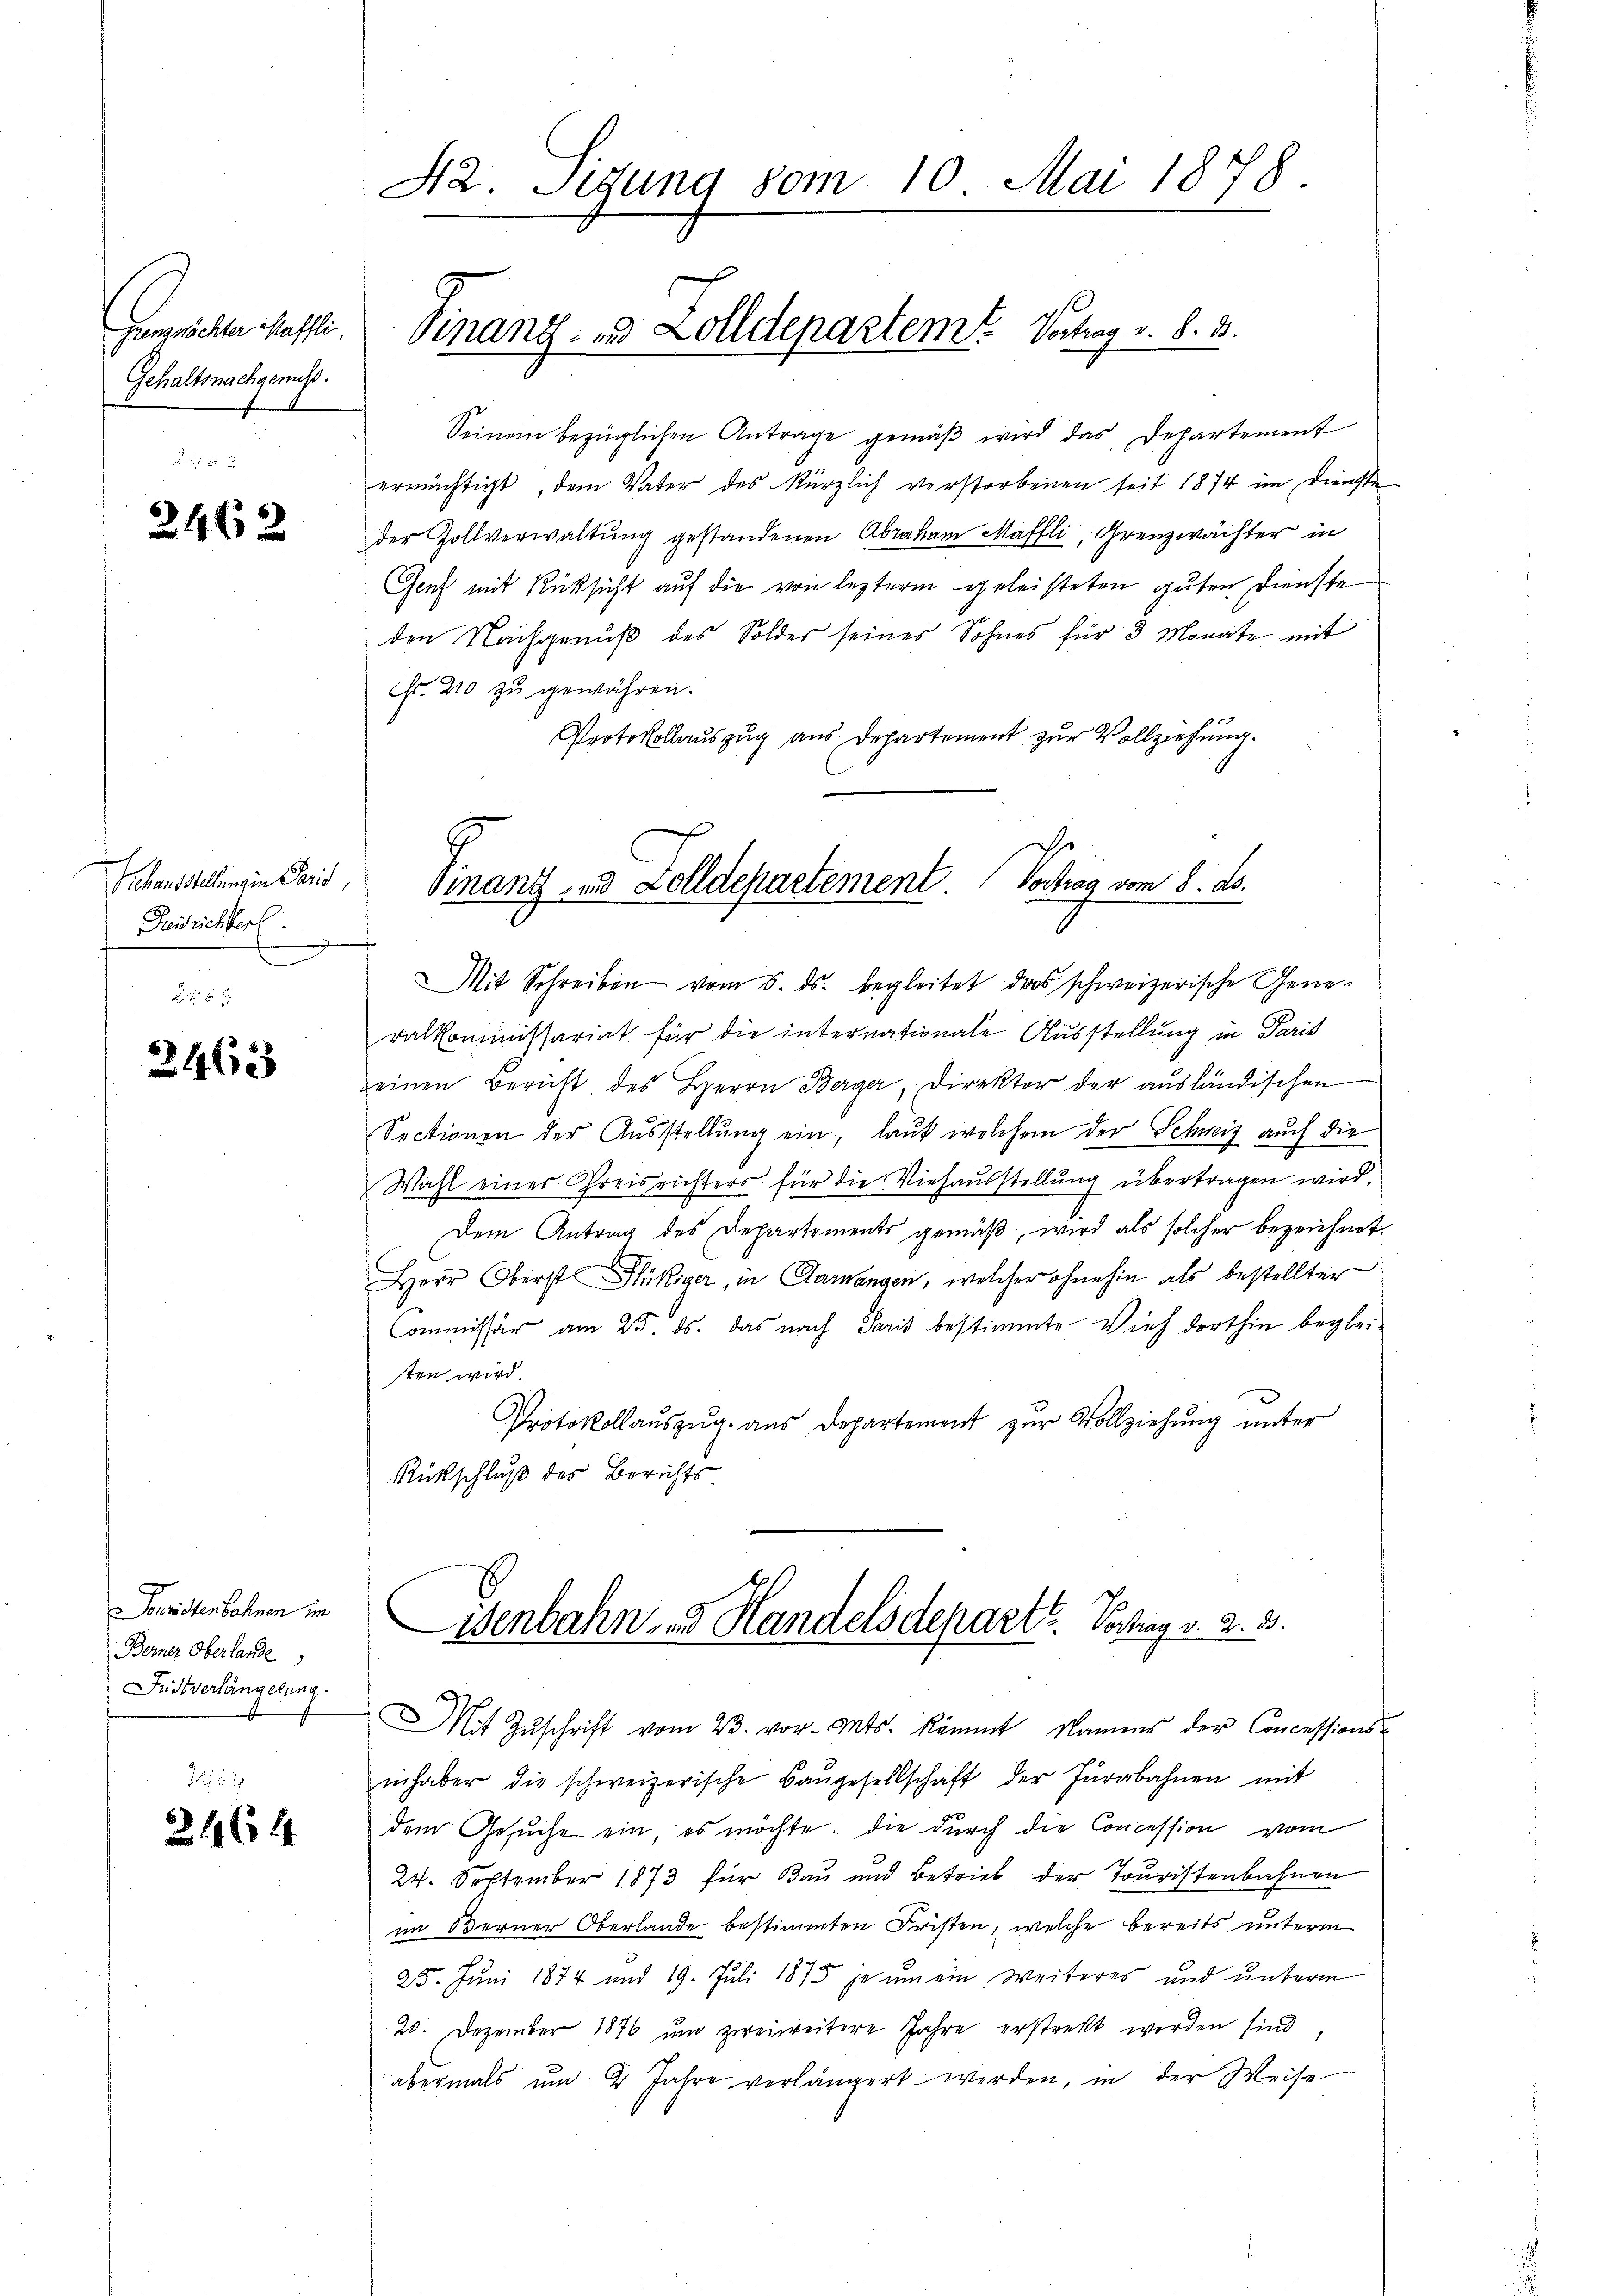
Grenznöchter Maffli
Gehaltsnachgenuss.

2462

Schausstellung in Paris
Freisrichterl.

3463

Souristenbahnen im
Berner Oberlande
Fristverlängerung.

2464

42. Sigung vom 10. Mai 1878.

Sinanz- & Zolldepartem Verhag v. 8. 33.

Seinem bezüglichen Antrage gemäβ wird das Departement
ermächtigt, dem Vater des kürzlich verstorbenen seit 1874 im Dienste
der Zollverwaltung gestandenen Abraham Maffli, Grenzwächter in
Genf mit Rücksicht auf die von lezterm geleisteten guten Dienste
den Nachgenuß des Soldes seines Sohnes für 3 Monate mit
Fr. 210 zu gewähren.
Protokollauszug aus Departement zur Vollziehung.

e
Vortrag vom 8. ds.
Finanz- und Zolldepartement.

Mit Schreiben vom 8. ds. begleitet das schweizerische Generalkommissariat für die internationale Ausstellung in Paris
seinen Bericht des Herrn Berger, Direktor der aŭsländischen
Sectionen der Ausstellung ein, lauf welchem der Schweiz auch die
Wahl einer Preisrichters für die Viehausstellung übertragen wird.
Dem Antrag des Departements gemäß, wird als solcher bezeichnet
Herr Oberst Flückiger, in Garangen, welcher ohnehin als bestellter
Commissär am 25. ds. das nach Paris bestimmte Vieh dorthin begleiten wird.
Protokollauszug aus Departement zur Vollziehung unter
Rückschluß des Berichts

inhaber die schweizerische Baŭgesellschaft der Jurabahnen mit
dem Gesuche ein es möchte, die durch die Concession vom
h
24. September 1873 für Bau und Betrieb der Touristenbahnen
im Berner Oberlande bestimmten Fristen, welche bereits unterm
25. Juni 1874 und 19. Juli 1875 je um ein weiteres und unterm
20. Dezember 1876 um zwei weitere Jahre erstrekt worden sind
abermals um 4 Jahre verlängert werden, in der Weise

Wenbahn. - Handelsdeparte. Vorhay v. 2. 33.
Mit Zŭschrift vom 23. vor. Mts. kömmt, Namens der Concessions-